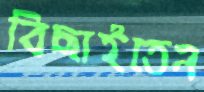
বিছাইতেন